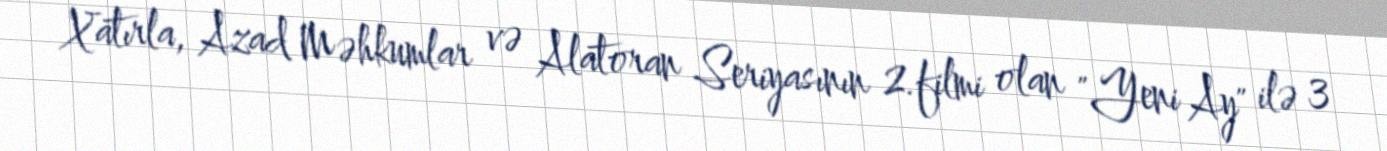
Xatırla, Azad Məhkumlar və Alatoran Seriyasının 2.filmi olan "Yeni Ay" ilə 3